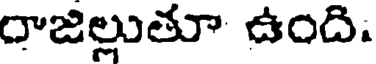
రాజిల్లుతూ ఉంది: